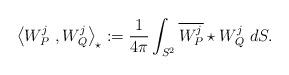
LaTeX: \begin{align*}\left\langle W_{P}^{j} \ ,W_{Q}^{j}\right\rangle_{\star} := \frac{1}{4\pi}\int_{S^{2}} \overline{W_{P}^{j}}\star W_{Q}^{j}\ dS .\end{align*}